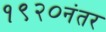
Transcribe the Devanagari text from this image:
१९२०नंतर